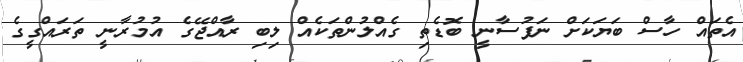
އެތައް ހާސް ބަޔަކަށް ނަފުސާނީ ބޮޑެތި ގެއްލުންތަކެއް ލިބި ރާއްޖޭގެ އުމުރާނީ ތަރައްގީގެ